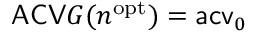
\mathsf { A C V } G ( n ^ { \mathrm { o p t } } ) = \mathsf { a c v } _ { 0 }